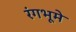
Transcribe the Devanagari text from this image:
रंगभूमे